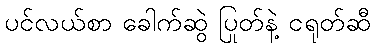
ပင်လယ်စာ ခေါက်ဆွဲ ပြုတ်နဲ့ ငရုတ်ဆီ